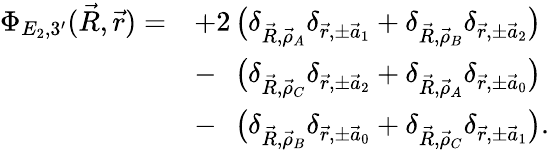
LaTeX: \begin{array}{rl}{\Phi_{E_{2},3^{\prime}}(\vec{R},\vec{r})=}&{+2\, \big(\delta_{\vec{R},\vec{\rho}_{A}}\delta_{\vec{r},\pm\vec{a}_{1}}+\delta_{\vec{R},\vec{\rho}_{B}}\delta_{\vec{r},\pm\vec{a}_{2}}\big)}\\ &{-\phantom{2}\, \big(\delta_{\vec{R},\vec{\rho}_{C}}\delta_{\vec{r},\pm\vec{a}_{2}}+\delta_{\vec{R},\vec{\rho}_{A}}\delta_{\vec{r},\pm\vec{a}_{0}}\big)}\\ &{-\phantom{2}\, \big(\delta_{\vec{R},\vec{\rho}_{B}}\delta_{\vec{r},\pm\vec{a}_{0}}+\delta_{\vec{R},\vec{\rho}_{C}}\delta_{\vec{r},\pm\vec{a}_{1}}\big).}\end{array}